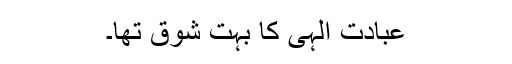
عبادت الٰہی کا بہت شوق تھا۔